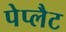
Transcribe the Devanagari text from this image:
पेप्लैट